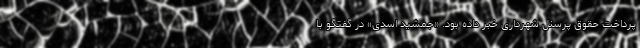
پرداخت حقوق پرسنل شهرداری خبر داده بود. «جمشید اسدی» در گفتگو با